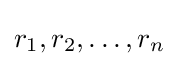
r_{1},r_{2},\dots ,r_{n}